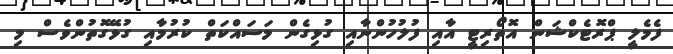
ފެމެލީ ޕްރޮޓެކްޝަން އޮތޯރިޓީ އާއި ފުލުހުންނާއި ގުޅިގެން މަސައްކަތް ކުރުމާއި ގުޅޭގޮތުންވެސް މި